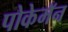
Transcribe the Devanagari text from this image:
पोकेमॅन